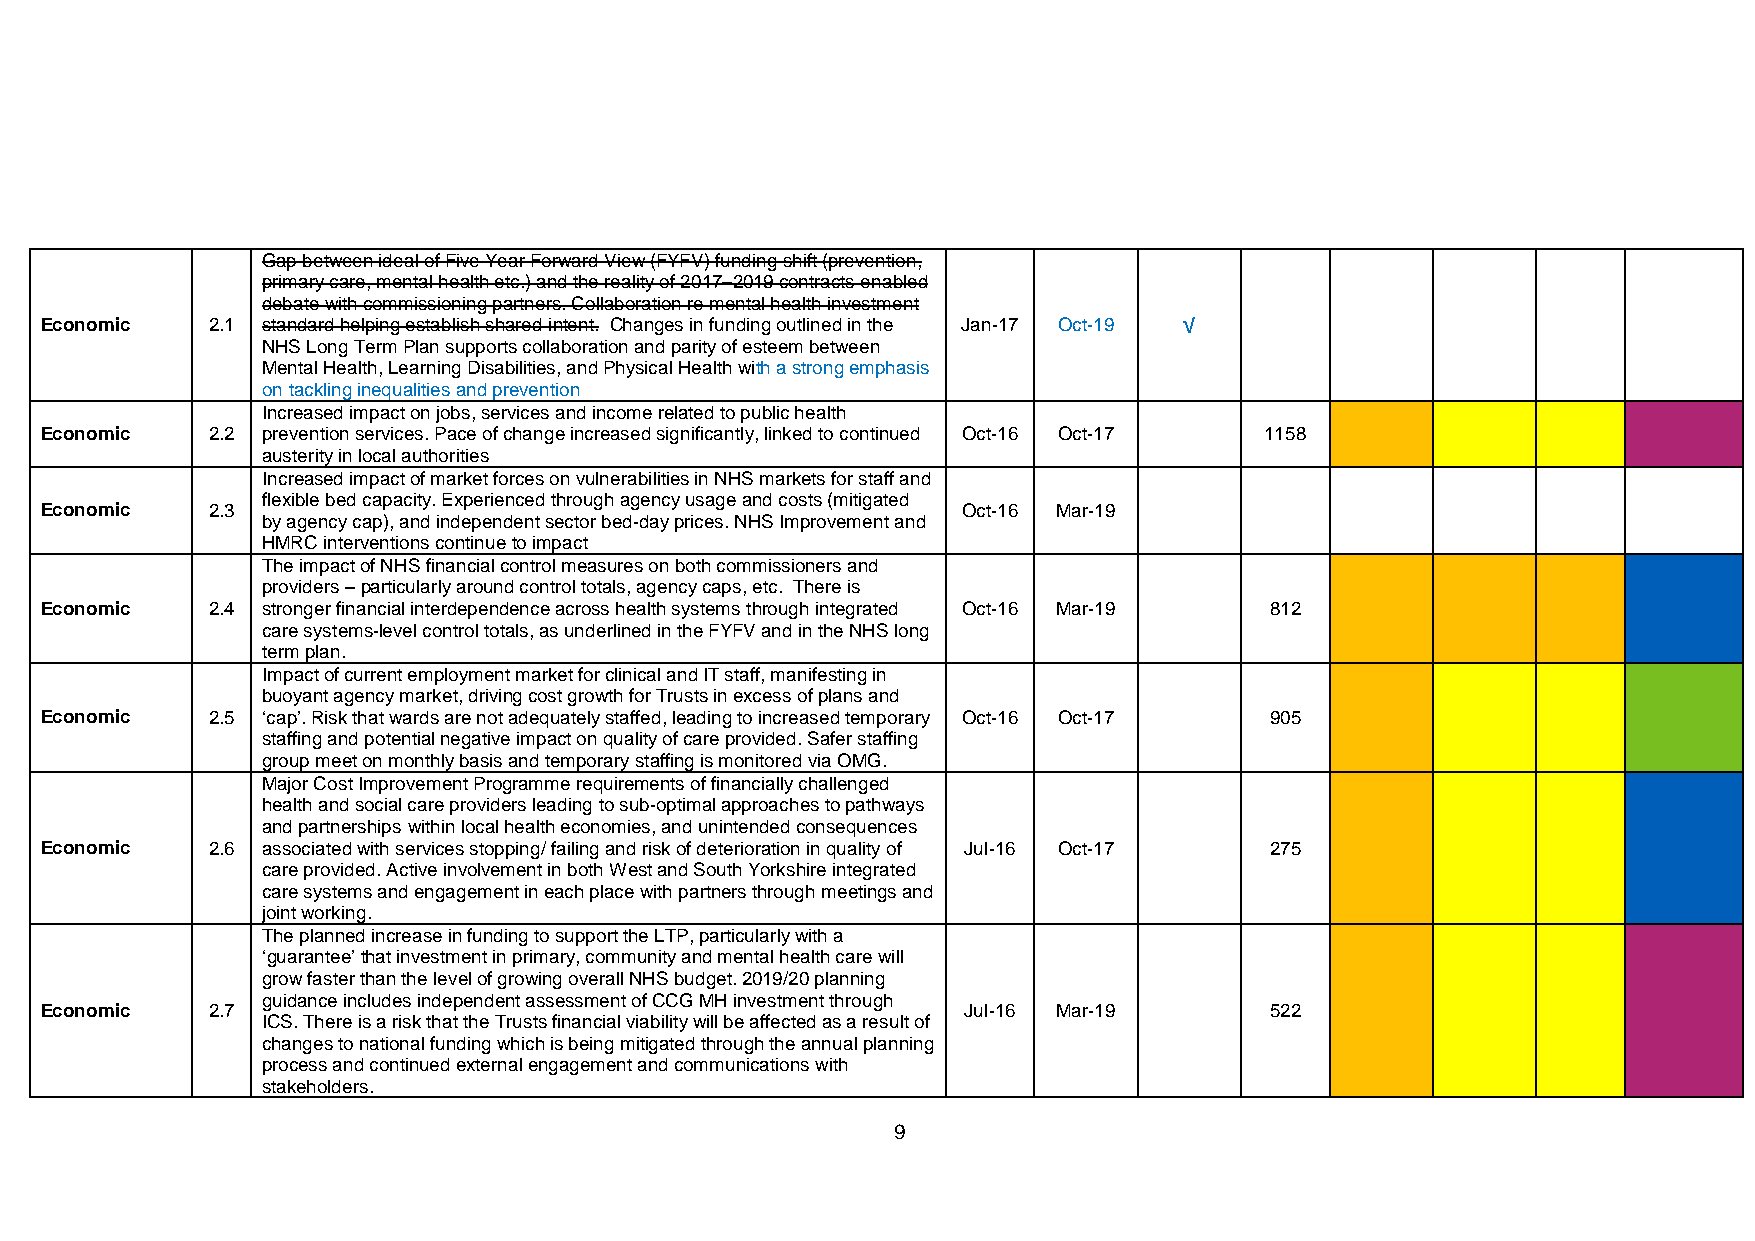
Gap between ideal of Five Year Forward View (FYFV) funding shift (prevention,
 primary care, mental health etc.) and the reality of 2017–2019 contracts enabled
 debate with commissioning partners. Collaboration re mental health investment
 Economic   2.1 standard helping establish shared intent. Changes in funding outlined in the Jan-17 Oct-19 √
 NHS Long Term Plan supports collaboration and parity of esteem between
 Mental Health, Learning Disabilities, and Physical Health with a strong emphasis
 on tackling inequalities and prevention
 Increased impact on jobs, services and income related to public health
 Economic   2.2 prevention services. Pace of change increased significantly, linked to continued Oct-16 Oct-17 1158
 austerity in local authorities
 Increased impact of market forces on vulnerabilities in NHS markets for staff and
 Economic   2.3
 flexible bed capacity. Experienced through agency usage and costs (mitigated
 Oct-16 Mar-19
 by agency cap), and independent sector bed-day prices. NHS Improvement and
 HMRC interventions continue to impact
 The impact of NHS financial control measures on both commissioners and
 providers – particularly around control totals, agency caps, etc. There is
 Economic   2.4 stronger financial interdependence across health systems through integrated Oct-16 Mar-19 812
 care systems-level control totals, as underlined in the FYFV and in the NHS long
 term plan.
 Impact of current employment market for clinical and IT staff, manifesting in
 buoyant agency market, driving cost growth for Trusts in excess of plans and
 Economic   2.5 ‘cap’. Risk that wards are not adequately staffed, leading to increased temporary Oct-16 Oct-17 905
 staffing and potential negative impact on quality of care provided. Safer staffing
 group meet on monthly basis and temporary staffing is monitored via OMG.
 Major Cost Improvement Programme requirements of financially challenged
 health and social care providers leading to sub-optimal approaches to pathways
 and partnerships within local health economies, and unintended consequences
 Economic   2.6 associated with services stopping/ failing and risk of deterioration in quality of Jul-16 Oct-17 275
 care provided. Active involvement in both West and South Yorkshire integrated
 care systems and engagement in each place with partners through meetings and
 joint working.
 The planned increase in funding to support the LTP, particularly with a
 ‘guarantee’ that investment in primary, community and mental health care will
 grow faster than the level of growing overall NHS budget. 2019/20 planning
 Economic   2.7
 guidance includes independent assessment of CCG MH investment through
 Jul-16 Mar-19       522
 ICS. There is a risk that the Trusts financial viability will be affected as a result of
 changes to national funding which is being mitigated through the annual planning
 process and continued external engagement and communications with
 stakeholders.
 9